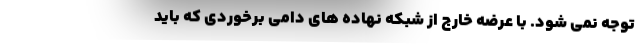
توجه نمی شود. با عرضه خارج از شبکه نهاده های دامی برخوردی که باید